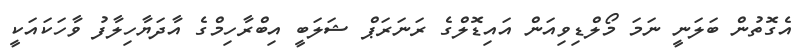
އެގޮތުން ބަލަނީ ނަމަ މޯލްޑިވިއަން އައިޑޮލްގެ ރަނަރަޕް ޝަލަބީ އިބްރާހިމްގެ އާދަޔާހިލާފު ވާހަކައަކީ